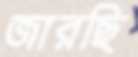
জারছি